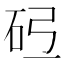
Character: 𪿓